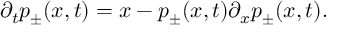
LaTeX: \partial _ { t } p _ { \pm } ( x , t ) = x - p _ { \pm } ( x , t ) \partial _ { x } p _ { \pm } ( x , t ) .